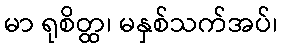
မာ ရုစိတ္ထ၊ မနှစ်သက်အပ်၊